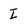
Character: I